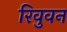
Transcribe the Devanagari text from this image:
रिवुवन